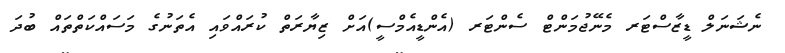
ނެޝަނަލް ޑީޒާސްޓަރ މެނޭޖުމަންޓް ސެންޓަރ (އެންޑީއެމްސީ)އަށް ޒިޔާރަތް ކުރައްވައި އެތަނުގެ މަސައްކަތްތައް ބުދަ